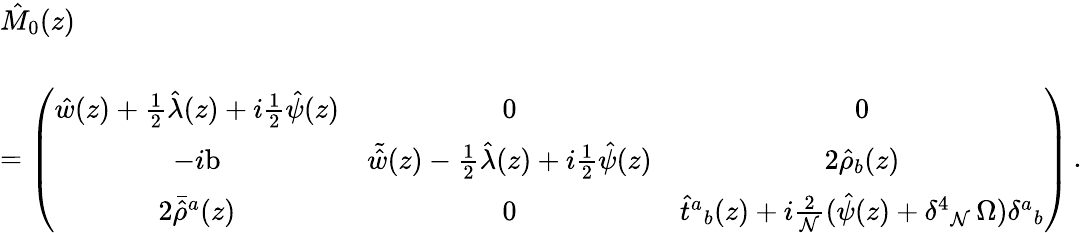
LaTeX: \begin{array}{l}{{\hat{M}_{0}(z)}}\\ {{{}}}\\ {{=\displaystyle{\left(\begin{array}{ccc}{{\hat{w}(z)+\textstyle{\frac{1}{2}}\hat{\lambda}(z)+i\textstyle{\frac{1}{2}}\hat{\psi}(z)}}&{{0}}&{{0}}\\ {{-i\mathrm{b}}}&{{\tilde{\hat{w}}(z)-\frac{1}{2}\hat{\lambda}(z)+i\textstyle{\frac{1}{2}}\hat{\psi}(z)}}&{{2\hat{\rho}_{b}(z)}}\\ {{2\bar{\hat{\rho}}{}^{a}(z)}}&{{0}}&{{\hat{t}{}^{a}{}_{b}(z)+i\textstyle{\frac{2}{{\cal N}}}(\hat{\psi}(z)+\delta^{4}{}_{{\cal N}}\, \Omega)\delta^{a}{}_{b}}}\end{array}\right)}\, .}}\end{array}